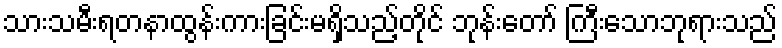
သားသမီးရတနာထွန်းကားခြင်းမရှိသည့်တိုင် ဘုန်းတော် ကြီးသောဘုရားသည်